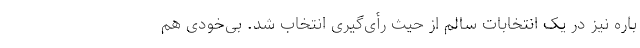
باره نیز در یک انتخابات سالم از حیث رأی‌گیری انتخاب شد. بی‌خودی هم